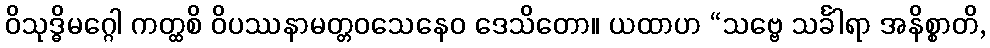
ဝိသုဒ္ဓိမဂ္ဂေါ ကတ္ထစိ ဝိပဿနာမတ္တဝသေနေဝ ဒေသိတော။ ယထာဟ “သဗ္ဗေ သင်္ခါရာ အနိစ္စာတိ,